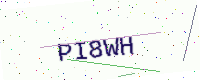
Text: PI8WH